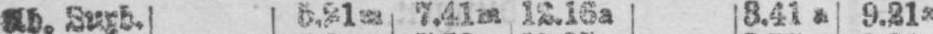
Ab. Luxb. 5.21m 7.41m 12.16a 3.41a 9.21a